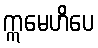
ဣမေဟိပေ